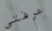
عرفتى